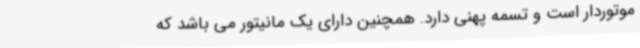
موتوردار است و تسمه پهنی دارد. همچنین دارای یک مانیتور می باشد که